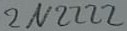
Text: 2N2222